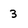
Character: 3